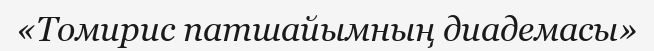
«Томирис патшайымның диадемасы»